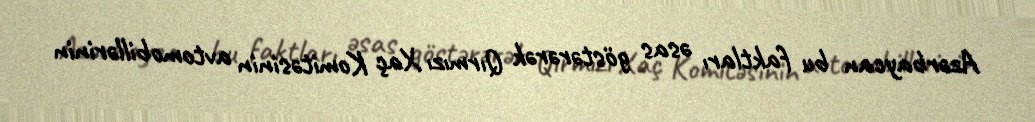
Azərbaycan bu faktları əsas göstərərək Qırmızı Xaç Komitəsinin avtomobillərinin